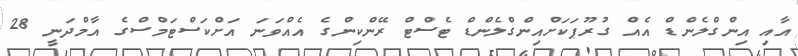
އާއި އިންގްލެންޑް އެއް ގުރޫޕަކަށްއިންގްލެންޑް ޓެސްޓް ރޭންކިންގެ އެއްވަނަ އަށްކަސްޓަމްސްގެ އާމްދަނީ 28